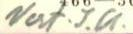
Vast. I.A.